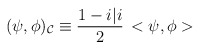
\begin{align*}(\psi, \phi)_{\cal C} \equiv \frac{1-i\vert i}{2} \, <\psi, \phi>\end{align*}